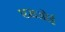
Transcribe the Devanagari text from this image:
एसओई